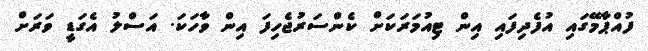
ފުއްޕާމޭގައި އުފެދިފައި އިން ޓިއުމަރަކަށް ކެންސަރުޖެހިފަ އިން ވާހަކަ. އަސްލު އެގަޑީ ވަރަށް